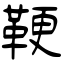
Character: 鞕